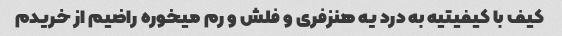
کیف با کیفیتیه به درد یه هنزفری و فلش و رم میخوره راضیم از خریدم